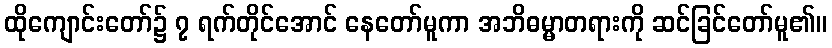
ထိုကျောင်းတော်၌ ၇ ရက်တိုင်အောင် နေတော်မူကာ အဘိဓမ္မာတရားကို ဆင်ခြင်တော်မူ၏။